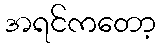
အရင်ကတော့